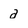
Character: a